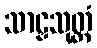
သာဠှသုတ္တံ